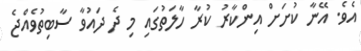
އެވެ. އޭނާ ކުށަށް އިންކާރު ކުރާ ހާލަތުގައި މި ދެ ދައުވާ ސާބިތުވެއްޖެ